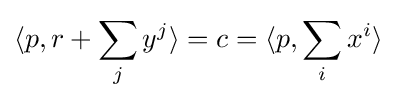
\langle p,r+\sum _{j}y^{j}\rangle =c=\langle p,\sum _{i}x^{i}\rangle